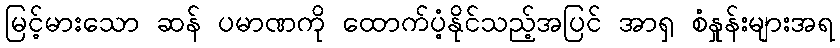
မြင့်မားသော ဆန် ပမာဏကို ထောက်ပံ့နိုင်သည့်အပြင် အာရှ စံနှုန်းများအရ